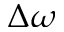
\Delta \omega